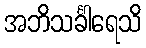
အဘိသင်္ခါရေသိ